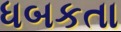
ધબકતા